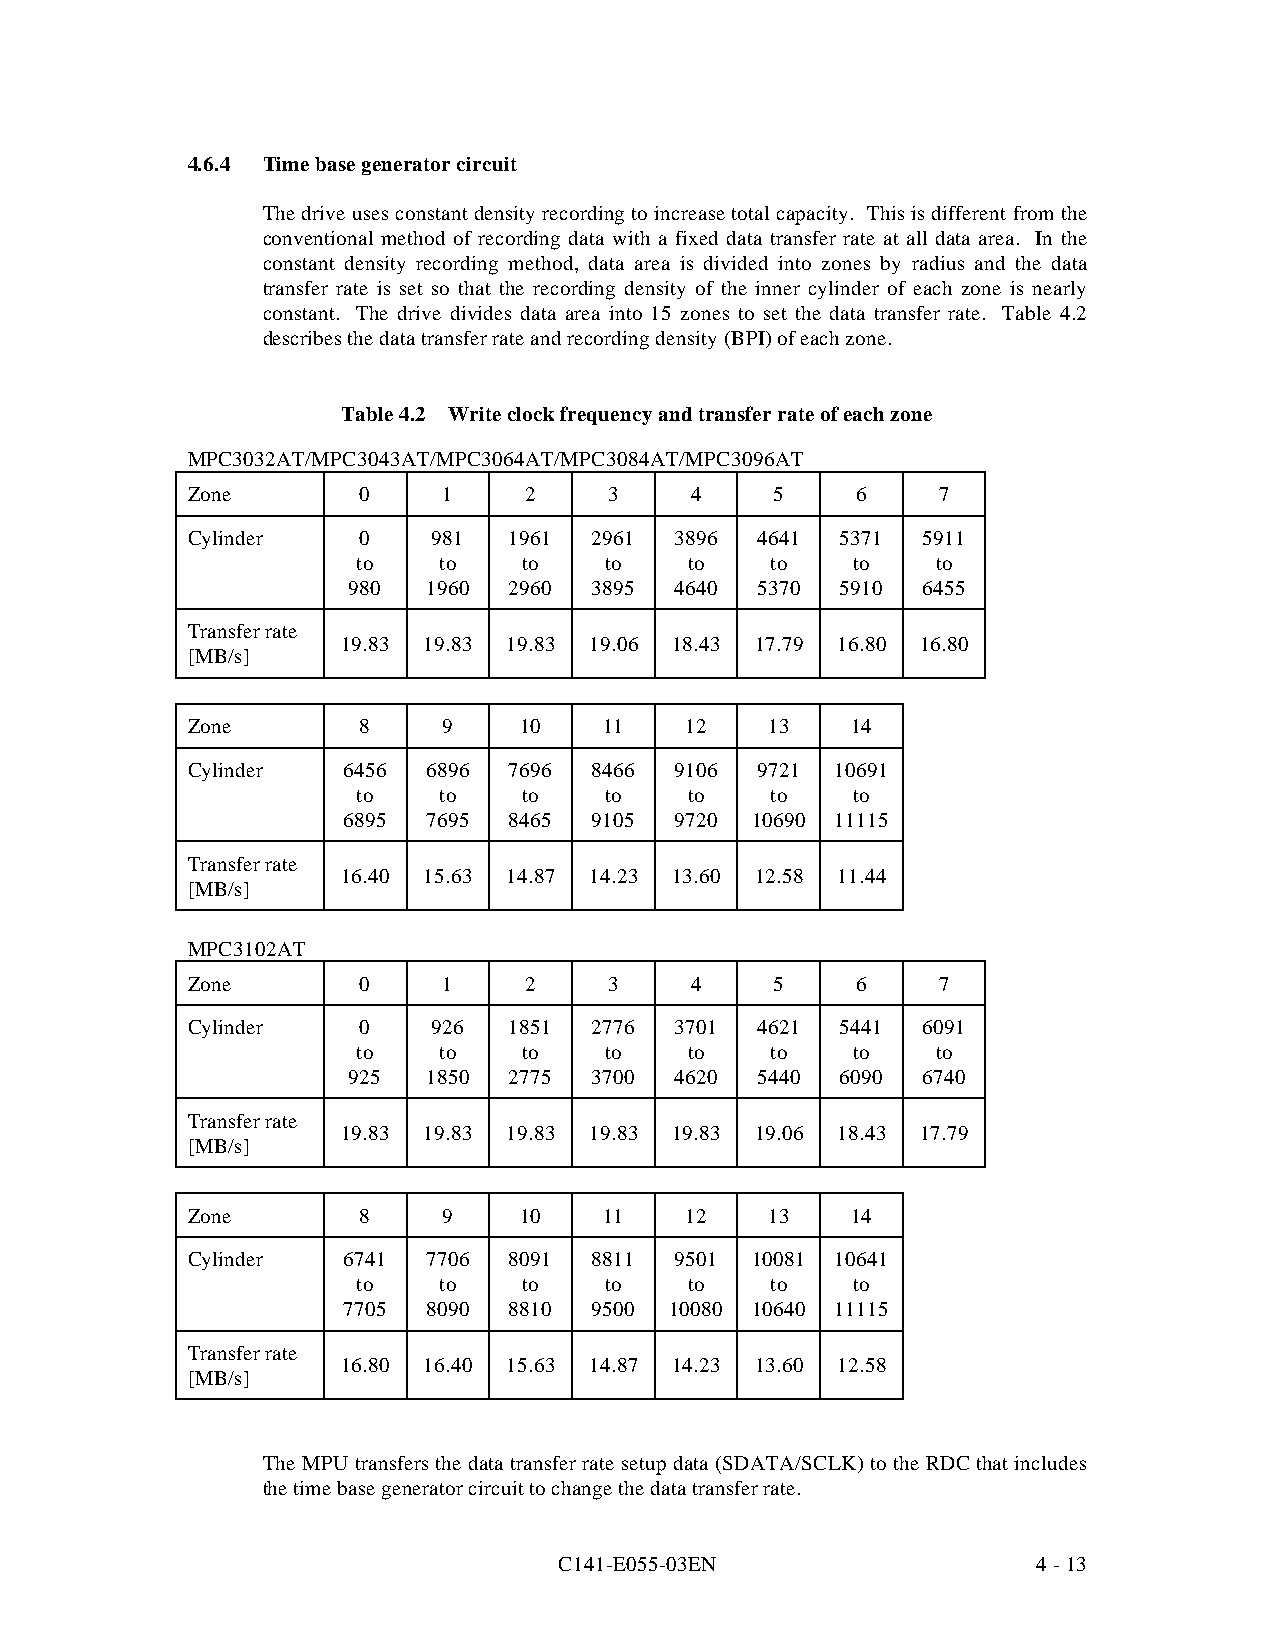
4.6.4 Time base generator circuit
 The drive uses constant density recording to increase total capacity. This is different from the
 conventional method of recording data with a fixed data transfer rate at all data area. In the
 constant density recording method, data area is divided into zones by radius and the data
 transfer rate is set so that the recording density of the inner cylinder of each zone is nearly
 constant. The drive divides data area into 15 zones to set the data transfer rate. Table 4.2
 describes the data transfer rate and recording density (BPI) of each zone.
 Table 4.2 Write clock frequency and transfer rate of each zone
 MPC3032AT/MPC3043AT/MPC3064AT/MPC3084AT/MPC3096AT
 Zone        0    1     2    3     4    5     6    7
 Cylinder    0    981  1961 2961  3896 4641  5371 5911
 to   to    to   to    to   to   to    to
 980  1960  2960 3895  4640 5370  5910 6455
 Transfer rate
 19.83 19.83 19.83 19.06 18.43 17.79 16.80 16.80
 [MB/s]
 Zone        8    9    10    11   12    13   14
 Cylinder   6456 6896  7696 8466  9106 9721 10691
 to   to    to   to    to   to   to
 6895 7695  8465 9105  9720 10690 11115
 Transfer rate
 16.40 15.63 14.87 14.23 13.60 12.58 11.44
 [MB/s]
 MPC3102AT
 Zone        0    1     2    3     4    5     6    7
 Cylinder    0    926  1851 2776  3701 4621  5441 6091
 to   to    to   to    to   to   to    to
 925  1850  2775 3700  4620 5440  6090 6740
 Transfer rate
 19.83 19.83 19.83 19.83 19.83 19.06 18.43 17.79
 [MB/s]
 Zone        8    9    10    11   12    13   14
 Cylinder   6741 7706  8091 8811  9501 10081 10641
 to   to    to   to    to   to   to
 7705 8090  8810 9500 10080 10640 11115
 Transfer rate
 16.80 16.40 15.63 14.87 14.23 13.60 12.58
 [MB/s]
 The MPU transfers the data transfer rate setup data (SDATA/SCLK) to the RDC that includes
 the time base generator circuit to change the data transfer rate.
 C141-E055-03EN                  4 - 13